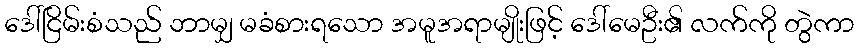
ဒေါ်ငြိမ်းစံသည် ဘာမျှ မခံစားရသော အမူအရာမျိုးဖြင့် ဒေါ်မေဦး၏ လက်ကို တွဲကာ